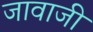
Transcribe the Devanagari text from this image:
जावाजी